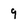
Character: 9